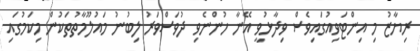
ރިޔާޒު މި އިންޓަވިއުގައިވެސް ވިދާޅުވީ އޭނާ ހުންނެވި ދުވަސްވަރު ލިބުނު މައުލޫމާތުތަކުން މިކަމުގައި